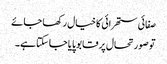
صفائی ستھرائی کا خیال رکھا جائے
تو صورتحال پر قابو پایا جاسکتا ہے۔